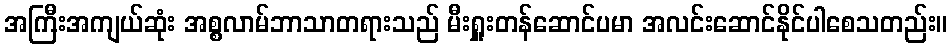
အကြီးအကျယ်ဆုံး အစ္စလာမ်ဘာသာတရားသည် မီးရှူးတန်ဆောင်ပမာ အလင်းဆောင်နိုင်ပါစေသတည်း။